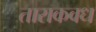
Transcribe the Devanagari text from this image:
ताराकवध